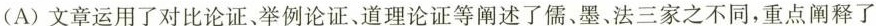
(A)文章运用了对比论证、举例论证、道理论证等阐述了儒、墨、法三家之不同，重点阐释了